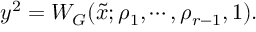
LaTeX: y ^ { 2 } = W _ { G } ( \tilde { x } ; \rho _ { 1 } , \cdots , \rho _ { r - 1 } , 1 ) .